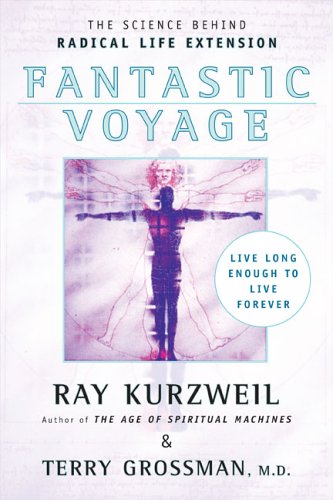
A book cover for Fantastic Voyage: Live Long Enough to Live Forever; Ray Kurzweil; Computers & Technology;